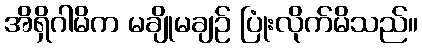
အိရှိဂါမိက မချိုမချဉ် ပြုံးလိုက်မိသည်။